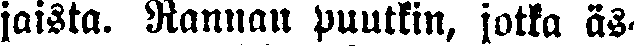
jaista. Rannan puutkin, jotta äs-